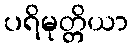
ပရိမုတ္တိယာ